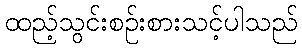
ထည့်သွင်းစဉ်းစားသင့်ပါသည်